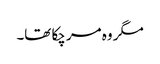
مگر وہ مر چکا تھا۔